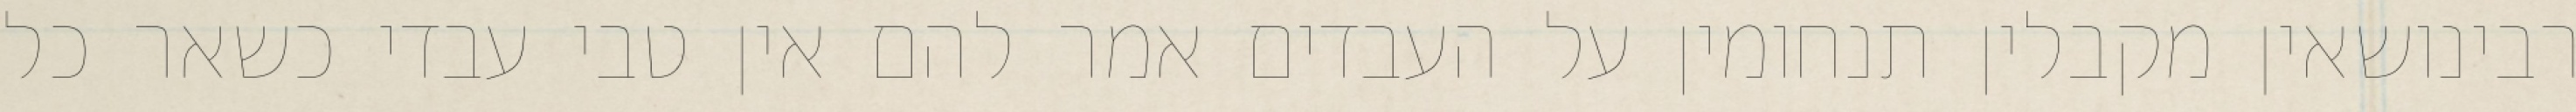
רבינושאין מקבלין תנחומין על העבדים אמר להם אין טבי עבדי כשאר כל